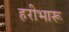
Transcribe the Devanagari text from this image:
हरीभारू